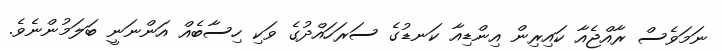
ނަމަވެސް ރާއްޖެއާ ކައިރިން އިންޑިއާ ކަނޑުގެ ސަރަހައްދުގެ ވަކި ހިސާބެއް އަންނަނީ ބަލަމުންނެވެ.